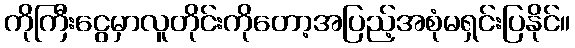
ကိုကြီးငွေမှာလူတိုင်းကိုတော့အပြည့်အစုံမရှင်းပြနိုင်။